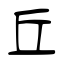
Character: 丘